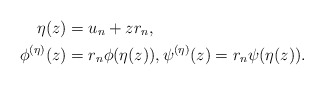
\begin{align*}\eta(z)&=u_n+zr_n,\\\phi^{(\eta)}(z)&=r_n\phi(\eta(z)), \psi^{(\eta)}(z)=r_n\psi(\eta(z)).\end{align*}